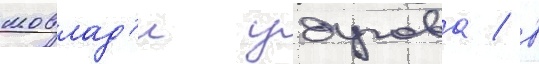
мовлад'и удугова / в